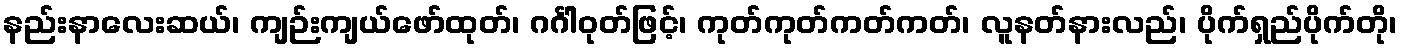
နည်းနာလေးဆယ်၊ ကျဉ်းကျယ်ဖော်ထုတ်၊ ဂင်္ဂါဝုတ်ဖြင့်၊ ကုတ်ကုတ်ကတ်ကတ်၊ လူနတ်နားလည်၊ ပိုက်ရှည်ပိုက်တို၊